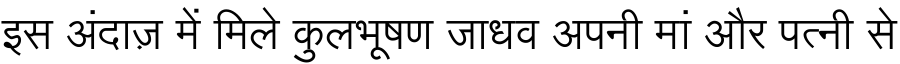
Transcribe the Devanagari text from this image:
इस अंदाज़ में मिले कुलभूषण जाधव अपनी मां और पत्नी से